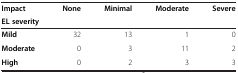
<table><thead><tr><td><b>Impact</b></td><td rowspan="2"><b>None</b></td><td rowspan="2"><b>Minimal</b></td><td rowspan="2"><b>Moderate</b></td><td rowspan="2"><b>Severe</b></td></tr><tr><td><b>EL severity</b></td></tr></thead><tbody><tr><td><b>Mild</b></td><td>32</td><td>13</td><td>1</td><td>0</td></tr><tr><td><b>Moderate</b></td><td>0</td><td>3</td><td>11</td><td>2</td></tr><tr><td><b>High</b></td><td>0</td><td>2</td><td>3</td><td>3</td></tr></tbody></table>